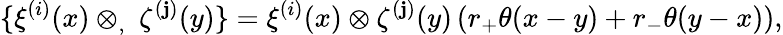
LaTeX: \{ \xi^{(i)}(x)\otimes_{,}\ \zeta^{(\mathbf{j})}(y)\} =\xi^{(i)}(x)\otimes\zeta^{(\mathbf{j})}(y)\left(r_{+}\theta(x-y)+r_{-}\theta(y-x)\right),